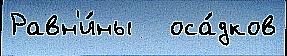
Равн'и́ны   оса́дков